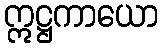
ဣဋ္ဌကာယော